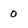
Character: 0